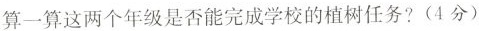
算一算这两个年级是否能完成学校的植树任务?(4分)